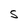
Character: S